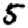
Digit: 5